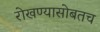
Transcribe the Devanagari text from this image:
रोखण्यासोबतच